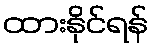
ထားနိုင်ရန်